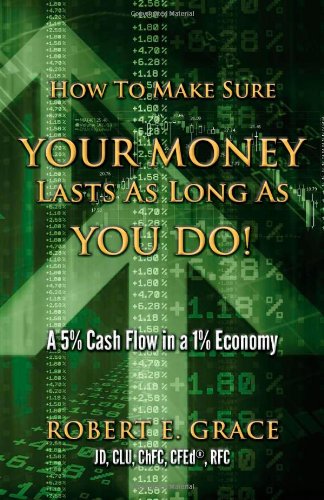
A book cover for How To Make Sure You Money Lasts As Long As You Do!; Robert E. Grace; Business & Money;